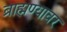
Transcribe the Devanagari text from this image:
ब्राह्मण्यावर